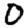
Digit: 0